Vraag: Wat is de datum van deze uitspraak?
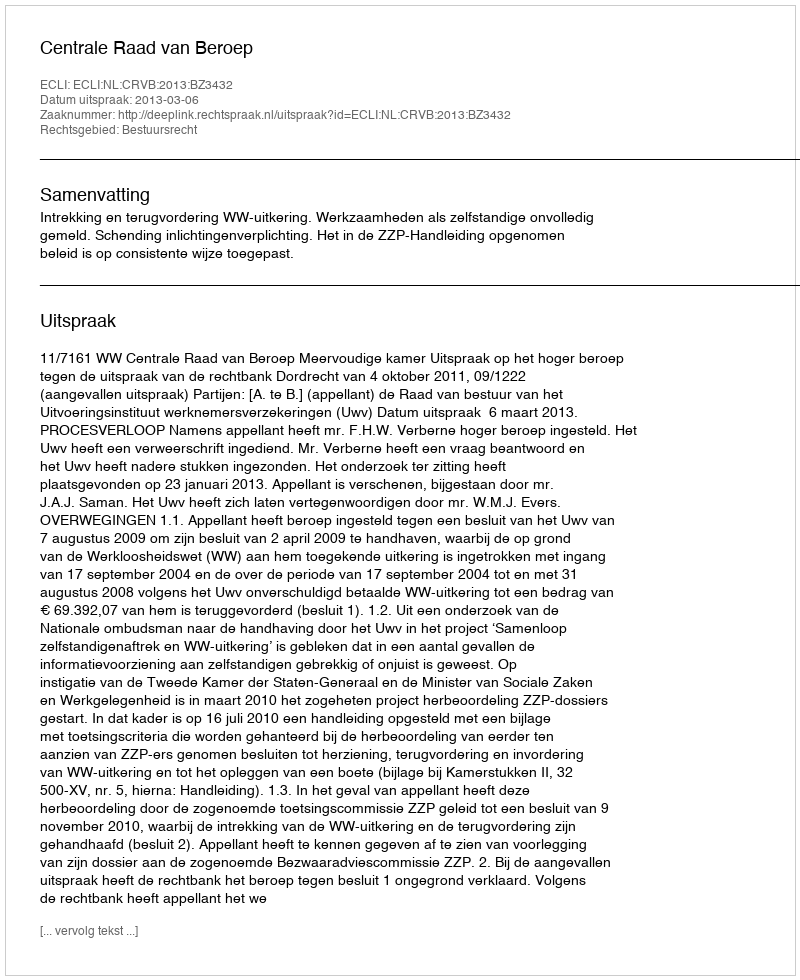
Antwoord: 2013-03-06